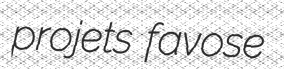
projets favose